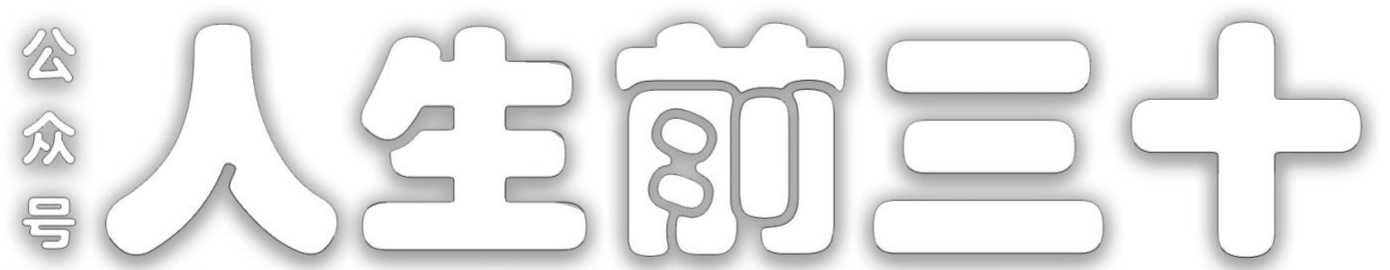
公众号 人生前三十